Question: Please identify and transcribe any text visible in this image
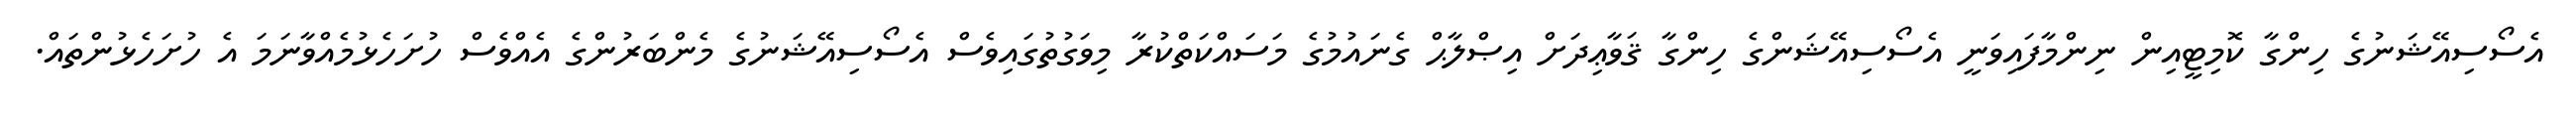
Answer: އެސޯސިއޭޝަނުގެ ހިންގާ ކޮމިޓީއިން ނިންމާފައިވަނީ އެސޯސިއޭޝަންގެ ހިންގާ ޤަވާޢިދަށް އިޞްލާޙް ގެނައުމުގެ މަސައްކަތްކުރާ މިވަގުތުގައިވެސް އެސޯސިއޭޝަނުގެ މެންބަރުންގެ އެއްވެސް ހުށަހެޅުމެއްވާނަމަ އެ ހުށަހެޅުންތައް.